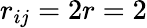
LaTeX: r_{ij}=2r=2